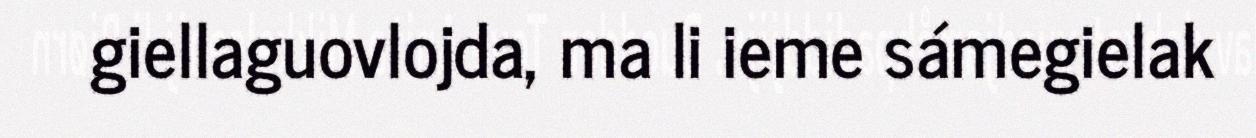
giellaguovlojda, ma li ieme sámegielak